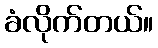
ခံလိုက်တယ်။